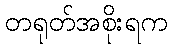
တရုတ်အစိုးရက